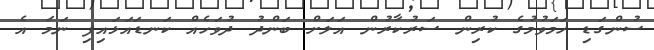
ސުންގަޑި ހަމަވުމުގެ ކުރިން ސަރުކާރުން އަލަށް ބަންދު ދުވަހެއް ކަނޑައަޅައިފި ނަމަ އެ